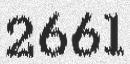
2661